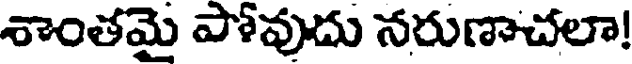
శాంతమై పోవుదు నరుణాచలా!